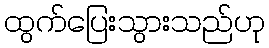
ထွက်ပြေးသွားသည်ဟု